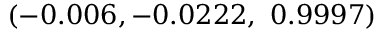
\left( - 0 . 0 0 6 , - 0 . 0 2 2 2 , \ 0 . 9 9 9 7 \right)